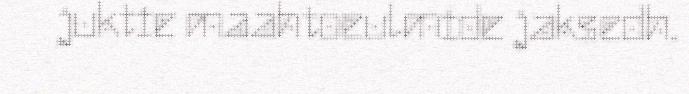
juktie maahtoeulmide jaksedh.